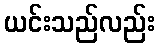
ယင်းသည်လည်း